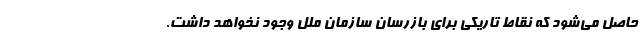
حاصل می‌شود که نقاط تاریکی برای بازرسان سازمان ملل وجود نخواهد داشت.